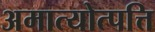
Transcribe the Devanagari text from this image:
अमात्योत्पत्ति